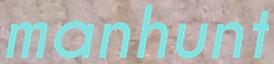
manhunt